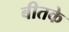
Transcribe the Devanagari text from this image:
बीतके